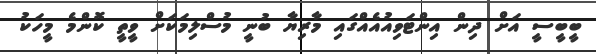
ބީބީސީ އަށް ދިން އިންޓަވިއުއެއްގައި މާރިޔާ ބުނީ މުސްލިމަކަށް ވީތީ ކޮންމެ މީހަކު